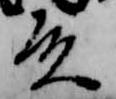
殿